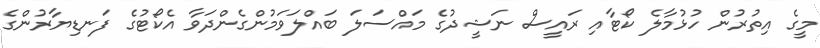
މީގެ އިތުރުން ހުޅުމާލެ ކޯޓާއި ރައީސް ނަޝީދުގެ މައްސަލަ ބައްލަވަމުންގެންދަވާ އެކޯޓުގެ ފަނޑިޔާރުންގެ